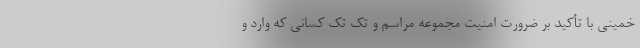
خمینی با تأکید بر ضرورت امنیت مجموعه مراسم و تک تک کسانی که وارد و